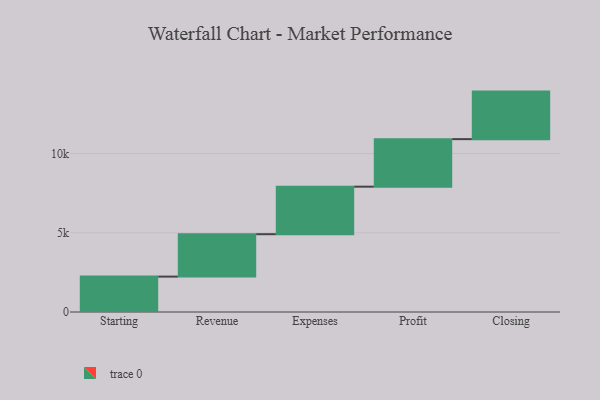
{"axis": {"x": "Step", "y": "Value"}, "legend": [""], "data": [{"x": "Starting", "y": 2234.0, "type": ""}, {"x": "Revenue", "y": 2676.0, "type": ""}, {"x": "Expenses", "y": 3000, "type": ""}, {"x": "Profit", "y": 3000, "type": ""}, {"x": "Closing", "y": 3000, "type": ""}]}